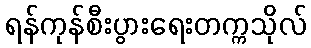
ရန်ကုန်စီးပွားရေးတက္ကသိုလ်